Tezpur Lunatic Asylum reports 1895-1904 - 1895-1904
Year: 1895
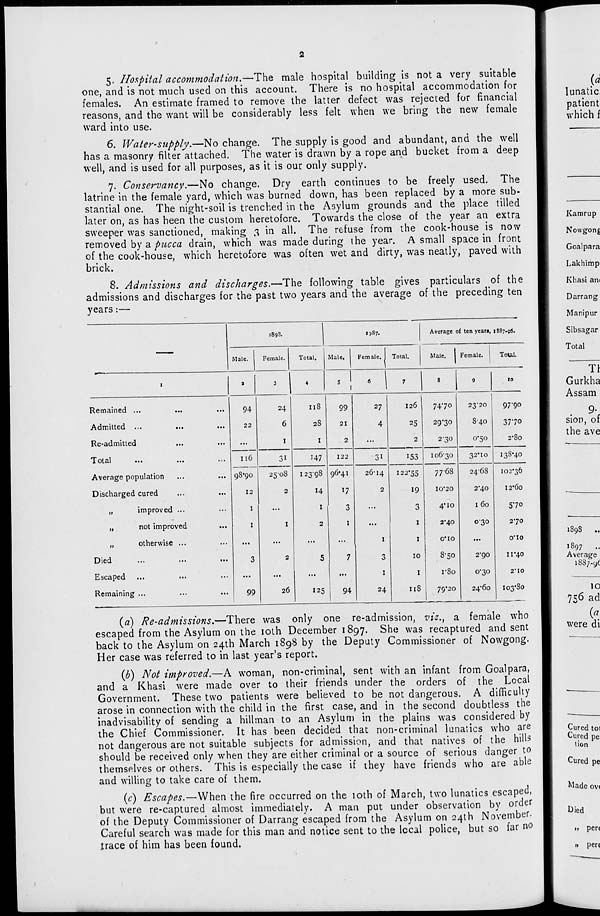
5. Hospital accommodation.—The male hospital building is not a very suitable
one, and is not much used on this account. There is no hospital accommodation for
females. An estimate framed to remove the latter defect was rejected for financial
reasons, and the want will be considerably less felt when we bring the new female
ward into use.
6. Water-supply.—No change. The supply is good and abundant, and the well
has a masonry filter attached. The water is drawn by a rope and bucket from a deep
well, and is used for all purposes, as it is our only supply.
7. Conservancy.—No change. Dry earth continues to be freely used. The
latrine in the female yard, which was burned down, has been replaced by a more sub-
stantial one. The night-soil is trenched in the Asylum grounds and the place tilled
later on, as has been the custom heretofore. Towards the close of the year an extra
sweeper was sanctioned, making 3 in all. The refuse from the cook-house is now
removed by a pucca drain, which was made during the year. A small space in front
of the cook-house, which heretofore was often wet and dirty, was neatly, paved with
brick,
8. Admissions and discharges.—The following table gives particulars of the
admissions and discharges for the past two years and the average of the preceding ten
years:—
189s.
1387.
Average of ten years, 1887.96.
Male.
Female.
Total.
Male.
Female. 1 Total.
Male.
Female. 1
ToUl.
I
1
•I 4 . 1
1
6
7
8
9
10
Remained ...
94
24
Il8
99
27
126
7470
23'20
97-90
Admitted ...
...
22
6
28
21
4
25
29-30
840
3770
Re-admitted
...
...
1
I
2
...
2
2-30
0*50
2*80
Total
116
3i
J 47
122
31
153
106-30
32*IO
138*40
Average population
98*90
25-08
12398 96-41
26-14
122-55
77-68
2468
102*36
Discharged cured
...
12
2
H
17
2
19
10*20
2*40
12*60
„
improved ...
...
1
...
1
3
...
3
4*10
1 60
570
„
not improved
...
1
1
2
1
...
1
2*40
0-30
2-70
„
otherwise ...
...
...
...
...
...
I
1
0*10
...
0*10
Died
...
...
...
3
2
5
7
3
10
8-50
2*90
11*40
Escaped
...
...
...
...
...
1
1
r8o
0*30
2" 10
Remaining ...
...
99
26
125
94
24
118
7Q*20
24'6o
I03*80
(a) Re-admissions.—There was only one re-admission, vit, t a female who
escaped from the Asylum on the ioth December 1897. She was recaptured and sent
back to the Asylum on 24th March 1898 by the Deputy Commissioner of Nowgong.
Her case was referred to in last year's report.
(b) Not improved.—A woman, non-criminal, sent with an infant from Goalpara,
and a Khasi were made over to their friends under the orders of the Local
Government. These two patients were believed to be not dangerous. A difficulty
arose in connection with the child in the first case, and in the second doubtless the
inadvisability of sending a hillman to an Asylum in the plains was considered by
the Chief Commissioner. It has been decided that non-criminal lunatics who are
not dangerous are not suitable subjects for admission, and that natives of the hills
should be received only when they are either criminal or a source of serious danger to
themselves or others. This is especially the case if ihey have friends who are able
and willing to take care of them.
(c) Escapes.—When the fire occurred on the ioth of March, two lunatics escaped,
but were re-captured almost immediately. A man put under observation by order
of the Deputy Commissioner of Darrang escaped from the Asylum on 24th November.
Careful search was made for this man and notice sent to the lecal police, but so far no
trace of him has been found.
10
756 ad
(*
were di